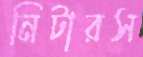
নিটারস